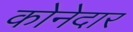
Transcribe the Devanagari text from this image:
कोनेदार